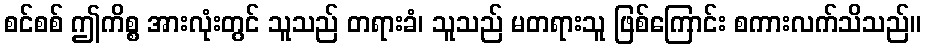
စင်စစ် ဤကိစ္စ အားလုံးတွင် သူသည် တရားခံ၊ သူသည် မတရားသူ ဖြစ်ကြောင်း စကားလက်သိသည်။